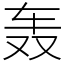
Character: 轰